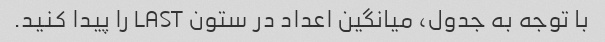
با توجه به جدول، میانگین اعداد در ستون LAST را پیدا کنید.